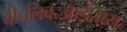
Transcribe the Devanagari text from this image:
बी॰लिव॰आई॰एस॰